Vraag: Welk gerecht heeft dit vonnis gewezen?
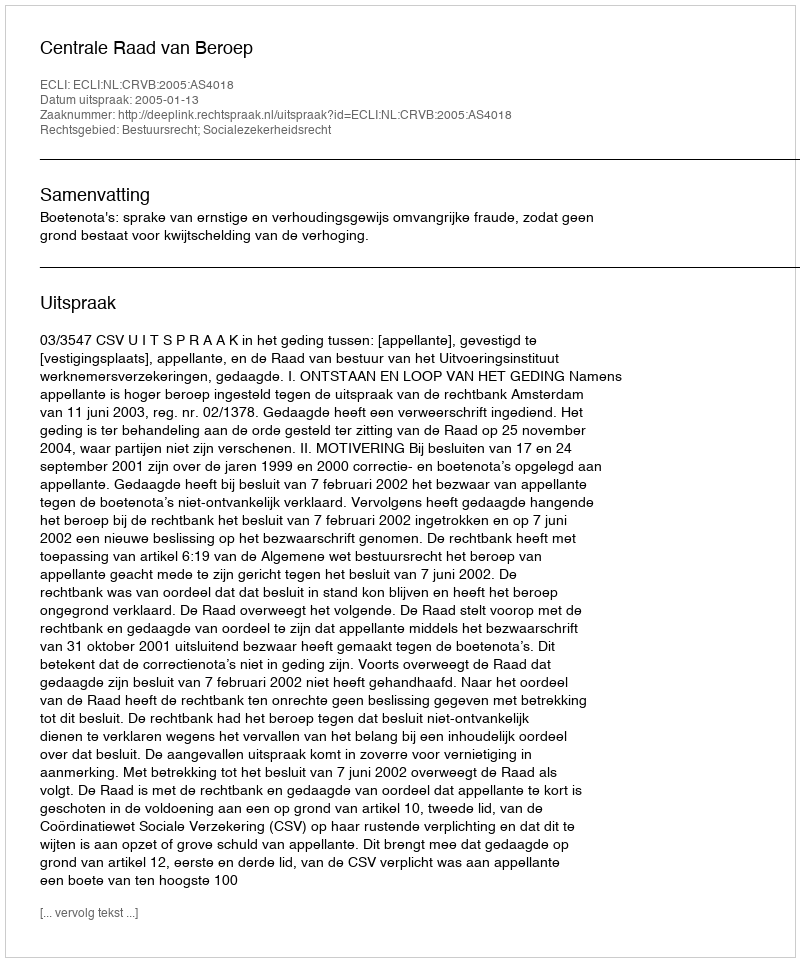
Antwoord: Centrale Raad van Beroep